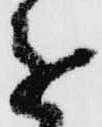
進